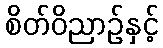
စိတ်ဝိညာဉ်နှင့်